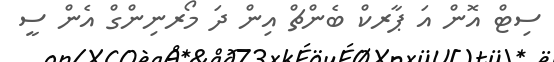
ސިޓް އޮން އަ ޕާރކް ބެންޗް އިން ދަ މޯރނިންގް އެން ސީ